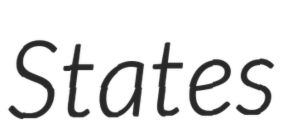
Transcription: States